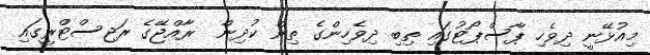
މިއުޅޭނީ ދިވެހި ޕާސްޕޯޓުގައި ތިބި ދިވެހިންގެ ތިން ކުދިން  ރާއްޖޭގެ ރަޖިސްޓްރީގައި